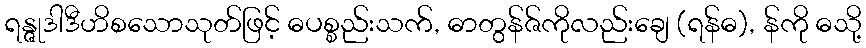
ရန္ဇုဒါဒီဟိစသောသုတ်ဖြင့် ဓပစ္စည်းသက်, ဓာတွန်ဇ်ကိုလည်းချေ (ရန်ဓ), န်ကို ဓသို့